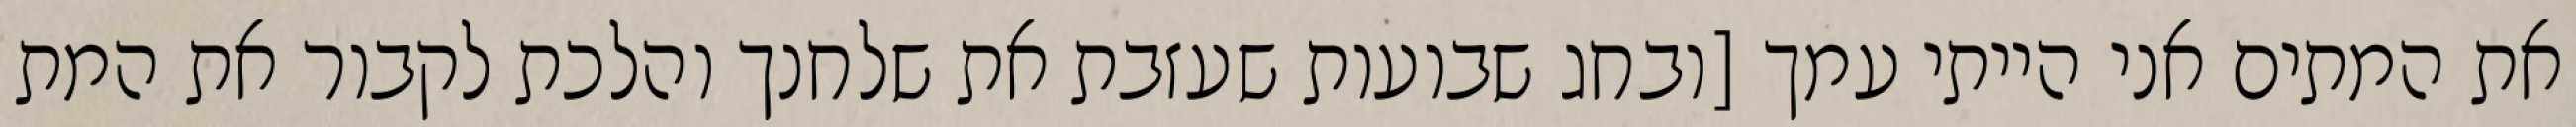
את המתים אני הייתי עמך [ובחג שבועות שעזבת את שלחנך והלכת לקבור את המת